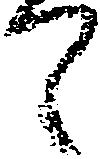
て